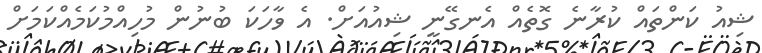
ޝިއު ކަންތައް ކުރާނެ ގޮތެއް އެނގޭނީ ޝިއުއަށް. އެ ވާހަކަ ބުނުން މުހިއްމުކަމެއްކަމަށް